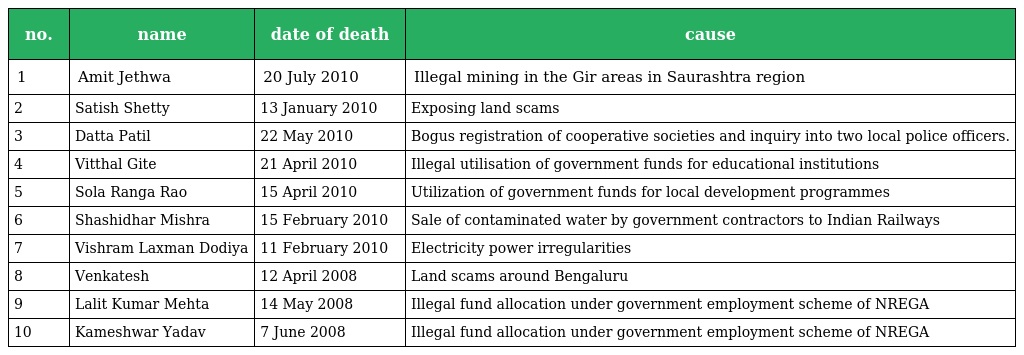
| no. | name | date of death | cause |
 | --- | --- | --- | --- |
 | 1 | Amit Jethwa | 20 July 2010 | Illegal mining in the Gir areas in Saurashtra region |
 | 2 | Satish Shetty | 13 January 2010 | Exposing land scams |
 | 3 | Datta Patil | 22 May 2010 | Bogus registration of cooperative societies and inquiry into two local police officers. |
 | 4 | Vitthal Gite | 21 April 2010 | Illegal utilisation of government funds for educational institutions |
 | 5 | Sola Ranga Rao | 15 April 2010 | Utilization of government funds for local development programmes |
 | 6 | Shashidhar Mishra | 15 February 2010 | Sale of contaminated water by government contractors to Indian Railways |
 | 7 | Vishram Laxman Dodiya | 11 February 2010 | Electricity power irregularities |
 | 8 | Venkatesh | 12 April 2008 | Land scams around Bengaluru |
 | 9 | Lalit Kumar Mehta | 14 May 2008 | Illegal fund allocation under government employment scheme of NREGA |
 | 10 | Kameshwar Yadav | 7 June 2008 | Illegal fund allocation under government employment scheme of NREGA |